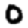
Digit: 0